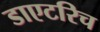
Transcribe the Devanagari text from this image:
डाएटरिच